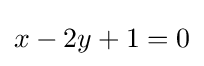
x-2y+1=0